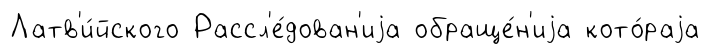
Латв'и́йского Рассл'е́дован'иjа обраще́н'иjа кото́раjа